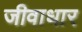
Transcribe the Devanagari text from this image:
जीवाधार